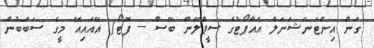
ގަން އިންޓަނޭޝަނަލް އެއާޕޯޓުގެ ސީޕްލޭން ބޭސް -- ފޮޓޯ/ އޭއައިއޭ މީގެ ސަބަބުން